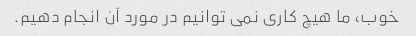
خوب، ما هیچ کاری نمی توانیم در مورد آن انجام دهیم.